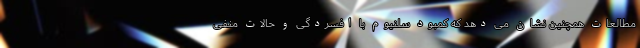
مطالعات همچنین نشان می دهد که کمبود سلنیوم با افسردگی و حالات منفی